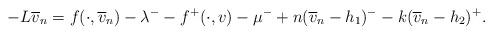
LaTeX: \begin{align*}-L\overline{v}_{n}=f(\cdot,\overline{v}_{n})-\lambda^{-}-f^{+}(\cdot,v)-\mu^{-}+n(\overline{v}_{n}-h_{1})^{-}-k(\overline{v}_{n}-h_{2})^{+}.\end{align*}